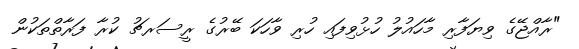
"ރާއްޖޭގެ ވިޔަފާރި މާހައުލު ހުޅުވިފައި ހުރި ވާހަކަ ބޭރުގެ ރީސަރޗު ކުރާ ފަރާތްތަކުން